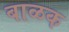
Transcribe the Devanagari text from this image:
बाळक